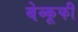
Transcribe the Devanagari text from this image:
बेव्कूफी